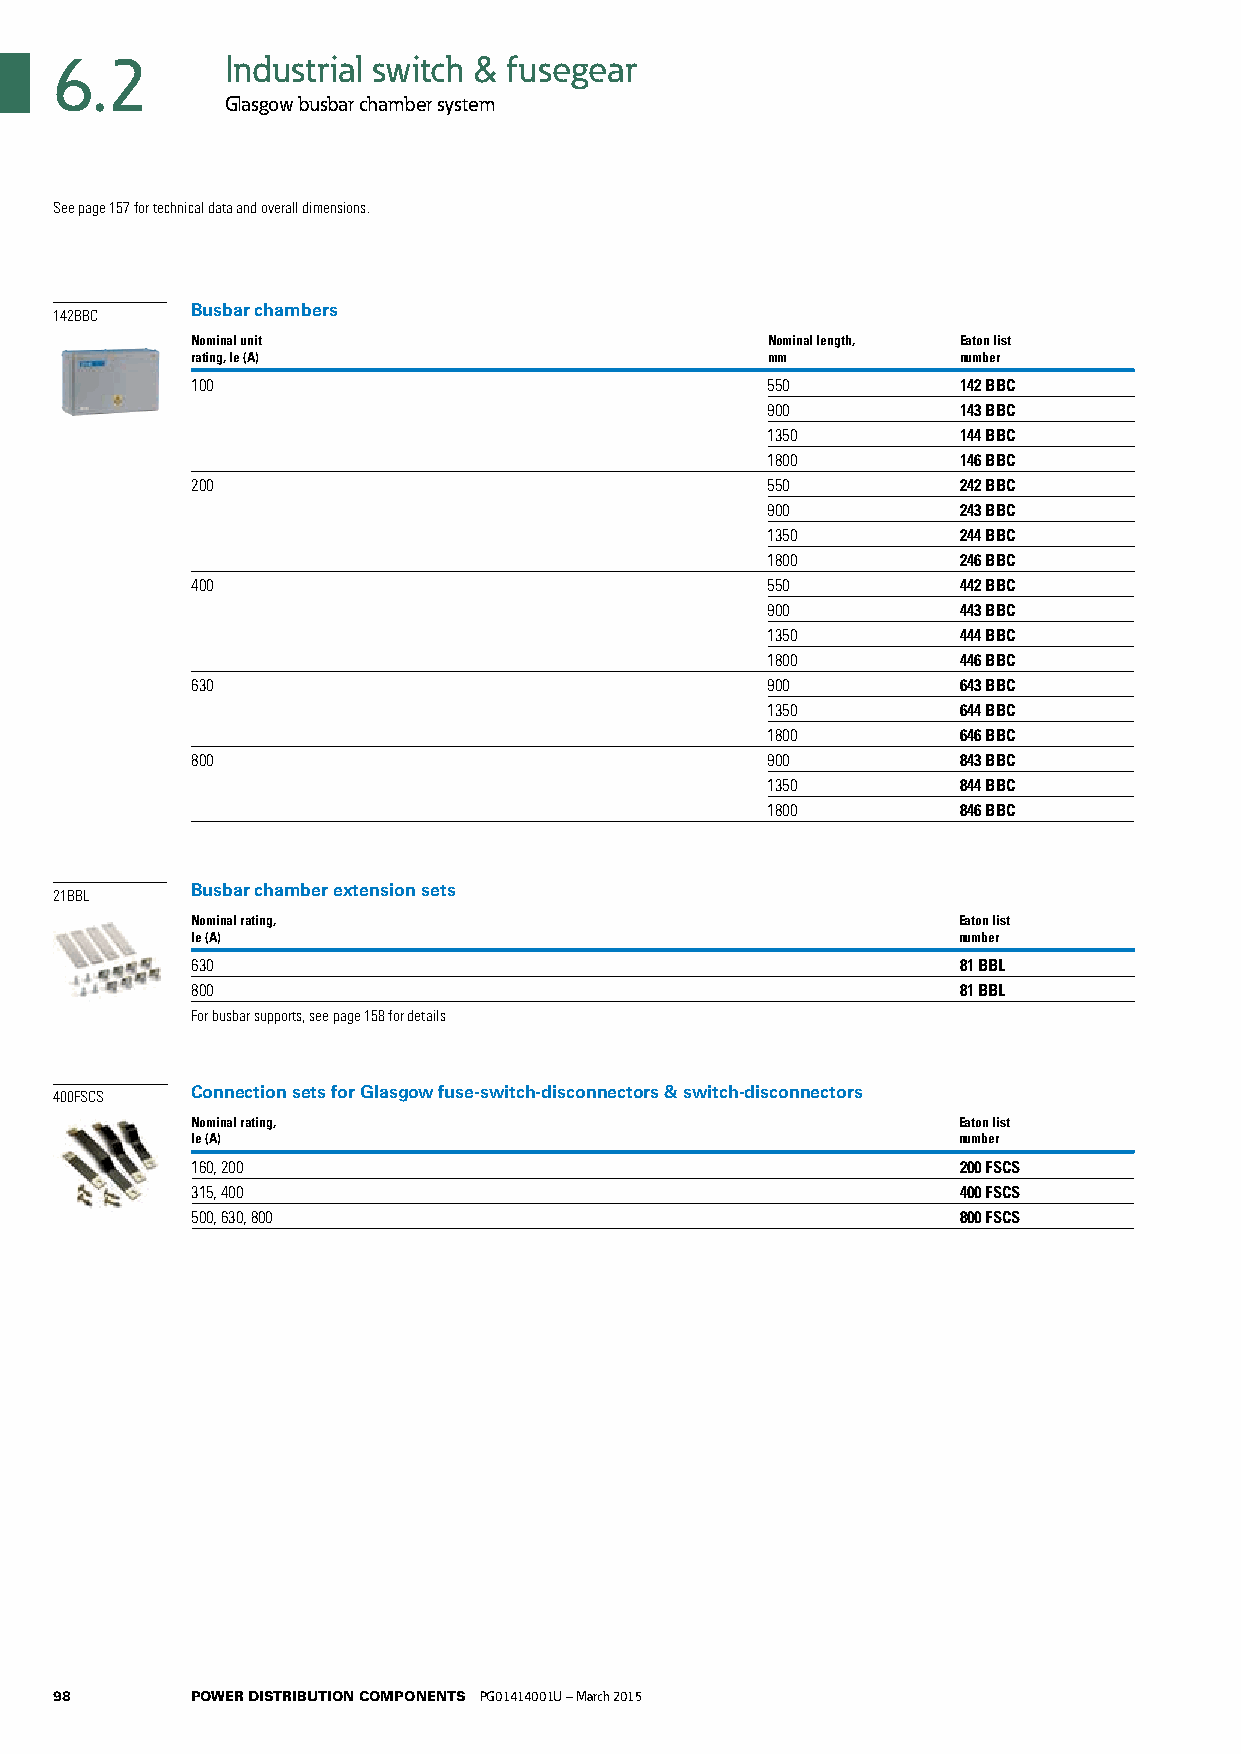
6.2        Industrial switch & fusegear
 Glasgow busbar chamber system
 See page 157 for technical data and overall dimensions.
 Busbar chambers
 142BBC
 Nominal unit                          Nominal length, Eaton list
 rating, Ie (A)                        mm          number
 100                                   550         142 BBC
 900         143 BBC
 1350        144 BBC
 1800        146 BBC
 200                                   550         242 BBC
 900         243 BBC
 1350        244 BBC
 1800        246 BBC
 400                                   550         442 BBC
 900         443 BBC
 1350        444 BBC
 1800        446 BBC
 630                                   900         643 BBC
 1350        644 BBC
 1800        646 BBC
 800                                   900         843 BBC
 1350        844 BBC
 1800        846 BBC
 Busbar chamber extension sets
 21BBL
 Nominal rating,                                   Eaton list
 Ie (A)                                            number
 630                                               81 BBL
 800                                               81 BBL
 For busbar supports, see page 158 for details
 Connection sets for Glasgow fuse-switch-disconnectors & switch-disconnectors
 400FSCS
 Nominal rating,                                   Eaton list
 Ie (A)                                            number
 160, 200                                          200 FSCS
 315, 400                                          400 FSCS
 500, 630, 800                                     800 FSCS
 98       POWER DISTRIBUTION COMPONENTS PG01414001U – March 2015